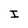
Character: I